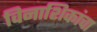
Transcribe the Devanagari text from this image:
विनाशिकांचा